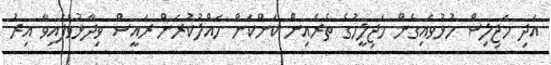
އަދި މަޖިލިސް ހުޅުވައިގެން މަޖިލީހުގެ ތެރެއިން ކަންކަން ހައްލުކުރަން ރައީސް ވިދާޅުވެފައިވާ އިރު